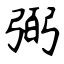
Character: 弼